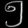
Digit: ၅